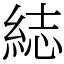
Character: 綕